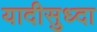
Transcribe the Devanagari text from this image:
यादीसुध्दा